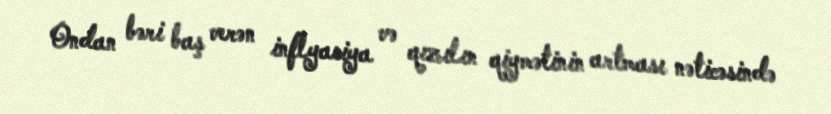
Ondan bəri baş verən inflyasiya və qızılın qiymətinin artması nəticəsində